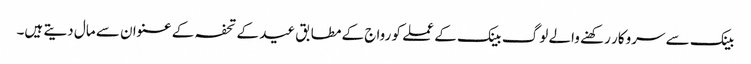
بینک سے سروکار رکھنے والے لوگ بینک کے عملے کو رواج کے مطابق عید کے تحفہ کے عنوان سے مال دیتے ہیں۔